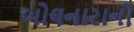
બોલનારાનો